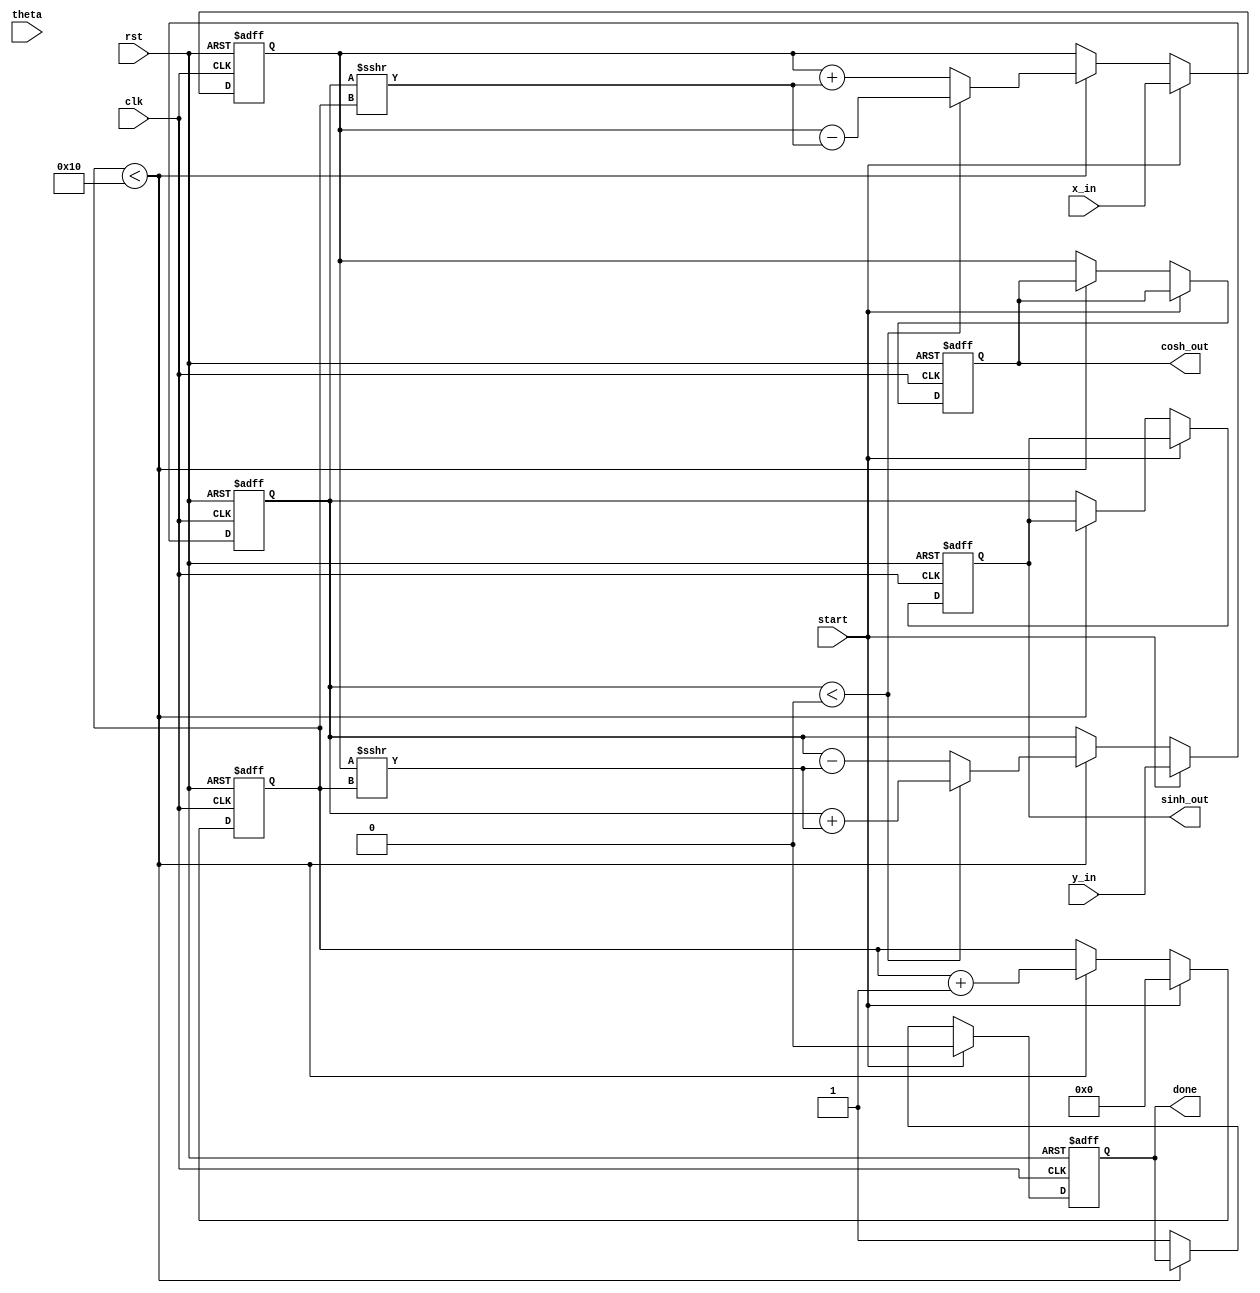
module hyperbolic_cordic (
    input clk,
    input rst,
    input start,
    input [15:0] theta, // Input angle in fixed-point representation
    input [15:0] x_in,  // Initial x vector
    input [15:0] y_in,  // Initial y vector
    output reg [15:0] sinh_out, // Output for sinh
    output reg [15:0] cosh_out, // Output for cosh
    output reg done // Signal to indicate computation completion
);

parameter N = 16; // Number of iterations for precision
reg [15:0] x [0:N-1]; // x values during iterations
reg [15:0] y [0:N-1]; // y values during iterations
reg [15:0] angle_table [0:N-1]; // Precomputed arctanh values
reg [3:0] iteration; // Counter for iterations
reg [15:0] x_accum, y_accum; // Accumulator registers
reg [15:0] angle; // Current angle for this iteration

// Initialize angle table (arctanh values)
initial begin
    angle_table[0] = 16'h0000; // arctanh(0)
    angle_table[1] = 16'h4000; // arctanh(1/2)
    angle_table[2] = 16'h6000; // arctanh(1/4)
    // Populate with more values as needed...
end

always @(posedge clk or posedge rst) begin
    if (rst) begin
        iteration <= 0;
        done <= 0;
        sinh_out <= 0;
        cosh_out <= 0;
        x_accum <= 0;
        y_accum <= 0;
    end else if (start) begin
        // Initialize inputs
        x_accum <= x_in;
        y_accum <= y_in;
        angle <= theta;
        iteration <= 0;
        done <= 0;
    end else if (iteration < N) begin
        // CORDIC iteration
        if (y_accum < 0) begin
            // Perform rotation in the negative direction
            x_accum <= x_accum - (y_accum >>> iteration);
            y_accum <= y_accum + (x_accum >>> iteration);
        end else begin
            // Perform rotation in the positive direction
            x_accum <= x_accum + (y_accum >>> iteration);
            y_accum <= y_accum - (x_accum >>> iteration);
        end
        // Update angle for next iteration (optional)
        // angle <= angle - angle_table[iteration]; // Uncomment if angle adjustment is needed

        iteration <= iteration + 1;
    end else begin
        // Computation complete
        sinh_out <= y_accum; // Output sinh
        cosh_out <= x_accum; // Output cosh
        done <= 1;
    end
end

endmodule